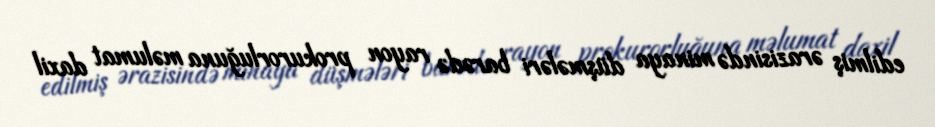
edilmiş ərazisində minaya düşmələri barədə rayon prokurorluğuna məlumat daxil